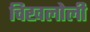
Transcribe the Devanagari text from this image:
चिखलोली